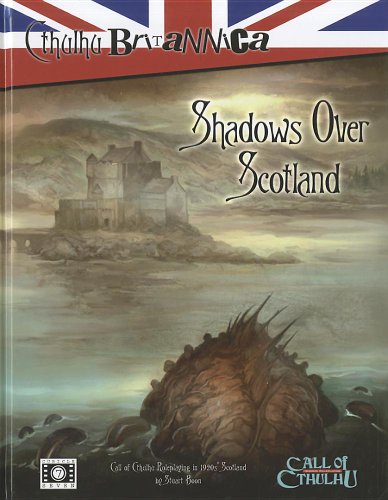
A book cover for Shadows Over Scotland (Cthulhu Britannica); Stuart Boon; Science Fiction & Fantasy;